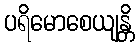
ပရိမောစေယျန္တိ